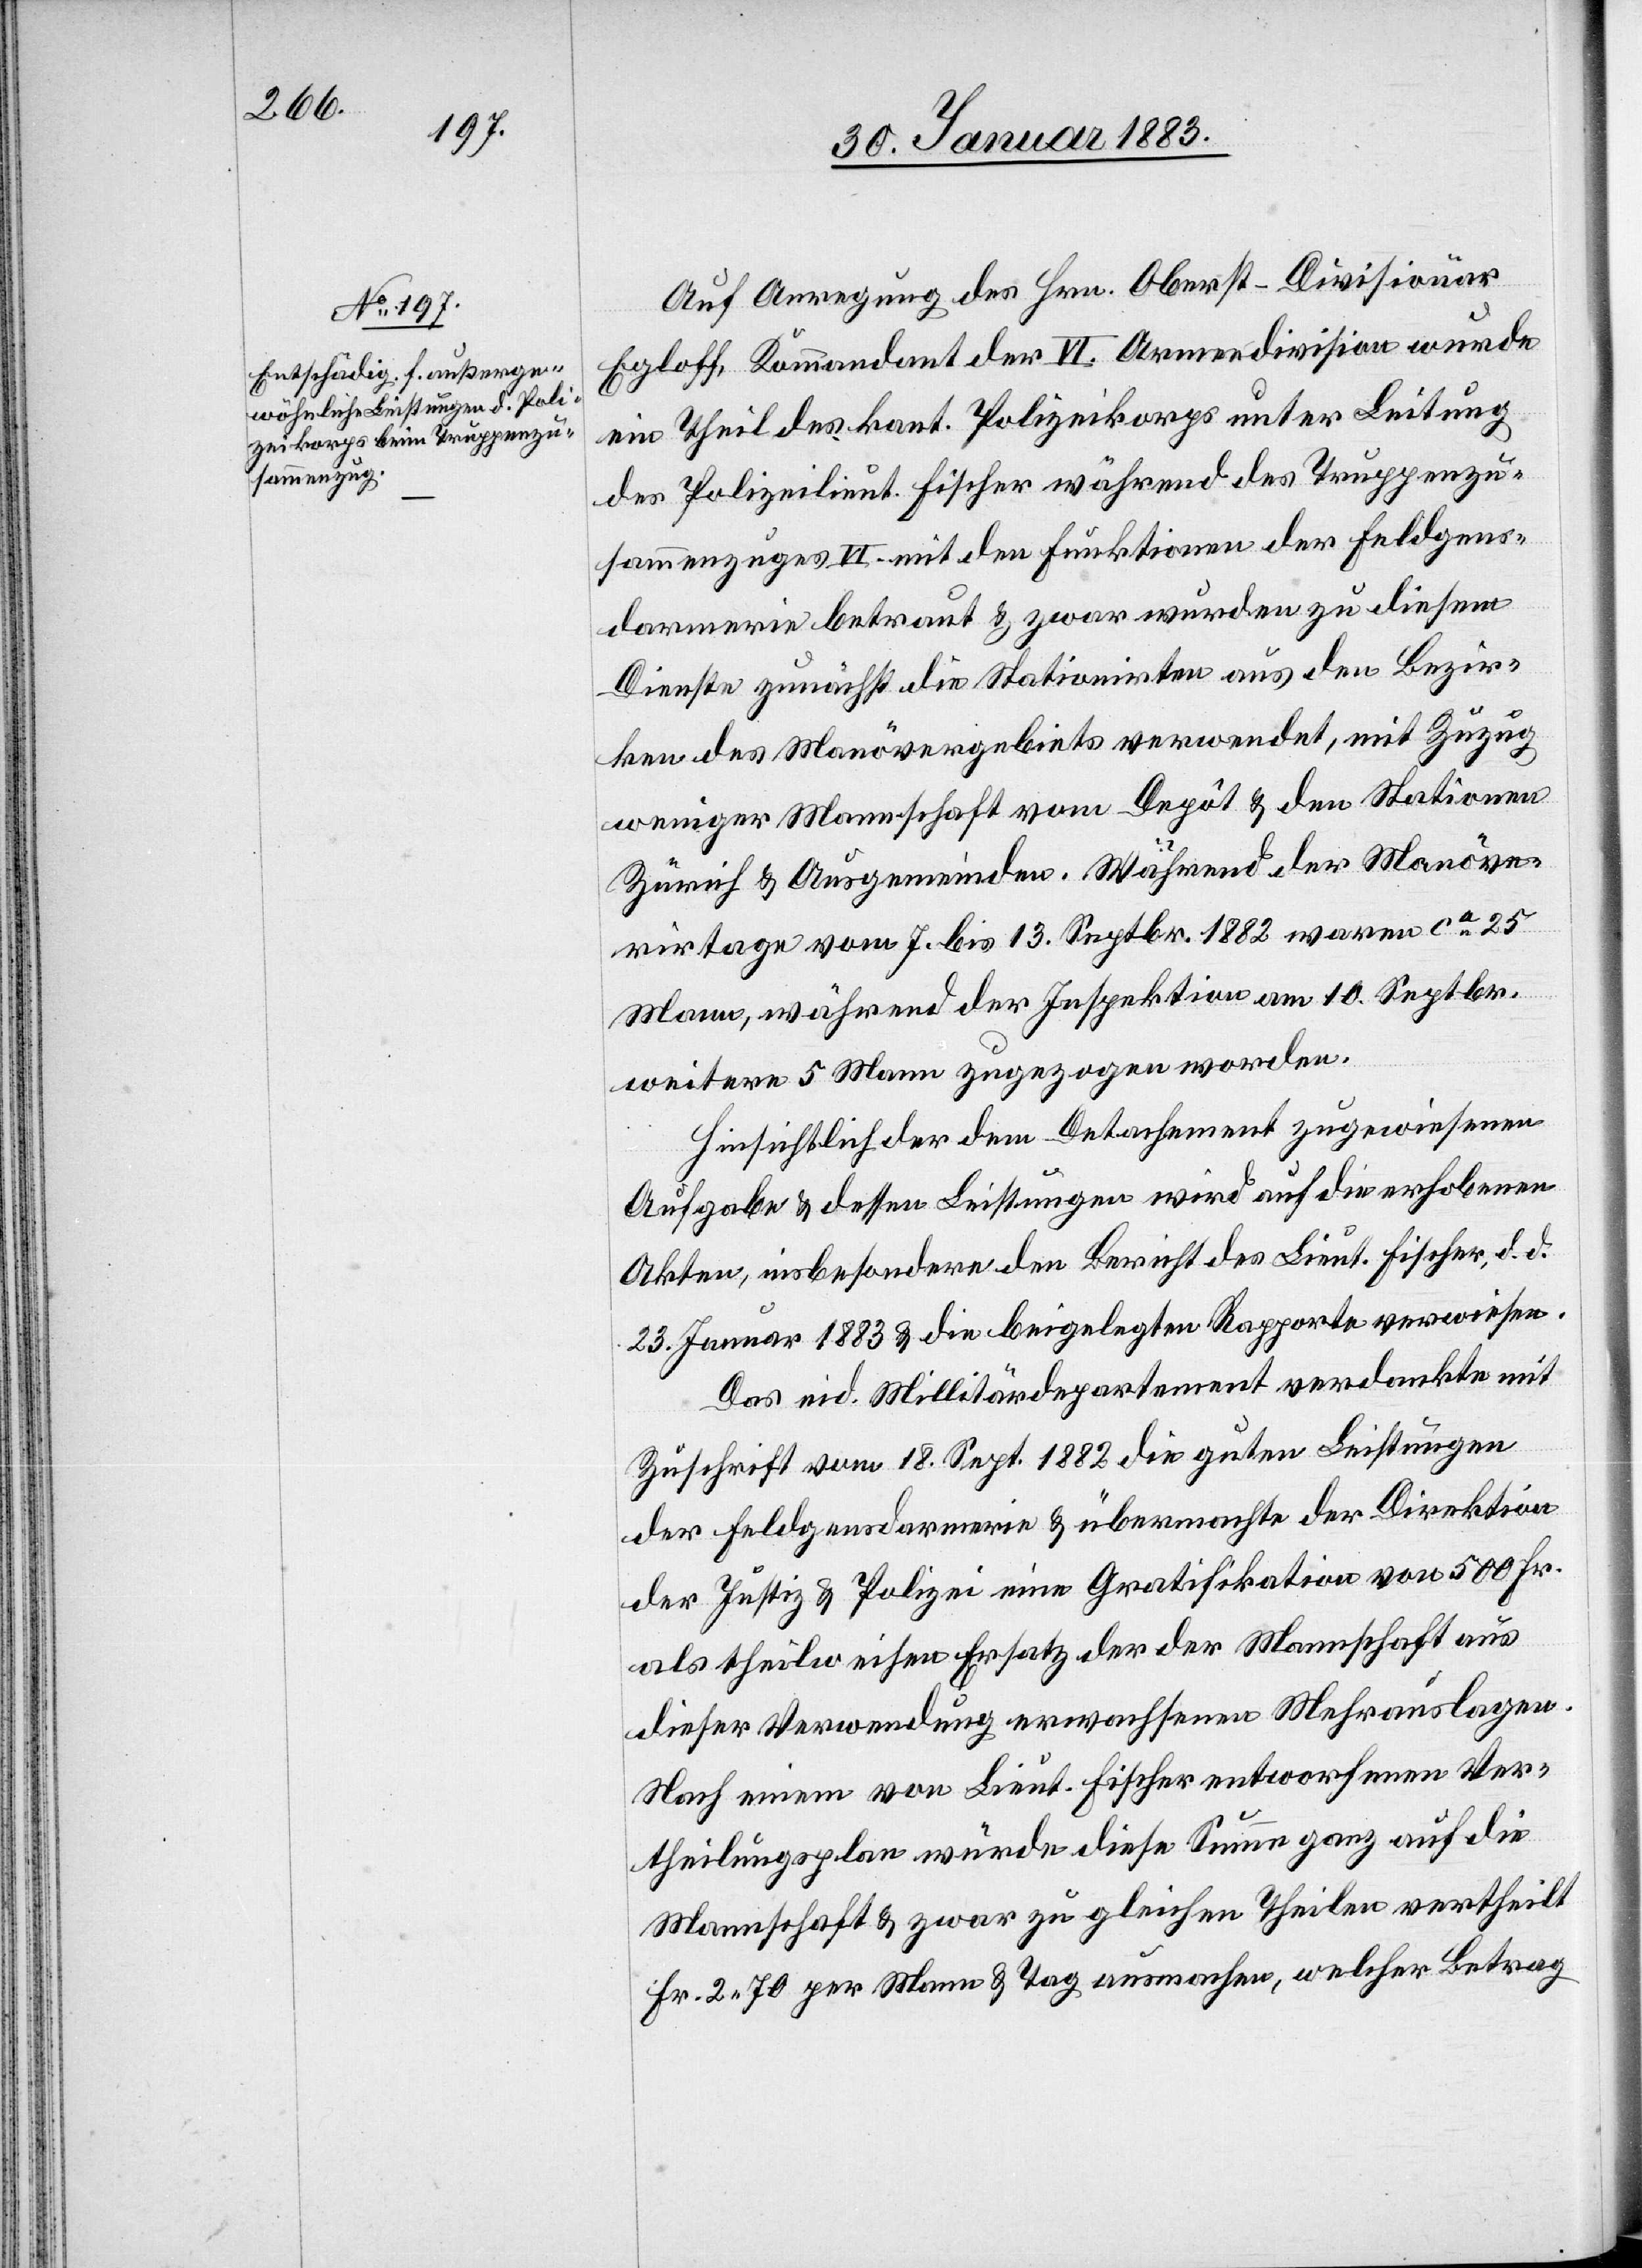
Auf Anregung des Hrn. Oberst-Divisionär
Egloff, Kommandant der VI. Armeedivision wurde
ein Theil des kant. Polizeikorps unter Leitung
des Polizeilieut. Fischer während des Truppenzu¬
sammenzuges VI. mit den Funktionen der Feldgen¬
darmerie betraut & zwar wurden zu diesem
Dienste zunächst die Stationirten aus den Bezir¬
ken des Manövergebiets verwendet, mit Zuzug
weniger Mannschaft vom Depôt & den Stationen
Zürich & Ausgemeinden. Während der Manöve¬
rirtage vom 7. bis 13. Septbr. 1882 waren ca 25
Mann, während der Inspektion am 10. Septbr.
weitere 5 Mann zugezogen worden.
Hinsichtlich der dem Detachement zugewiesenen
Aufgabe & dessen Leistungen wird auf die erhobenen
Akten, insbesondere den Bericht des Lieut. Fischer, d. d.
23. Januar 1883 & die beigelegten Rapporte verwiesen.
Das eid. Militärdepartement verdankte mit
Zuschrift vom 18. Sept. 1882 die guten Leistungen
der Feldgendarmerie & übermachte der Direktion
der Justiz & Polizei eine Gratifikation von 500 Fr.
als theilweisen Ersatz der der Mannschaft aus
dieser Verwendung erwachsenen Mehrauslagen.
Nach einem von Lieut. Fischer entworfenen Ver¬
theilungsplan wurde diese Summe ganz auf die
Mannschaft & zwar zu gleichen Theilen vertheilt
Fr. 2 70 per Mann & Tag ausmachen [sic!], welcher Betrag